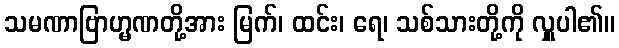
သမဏာဗြာဟ္မဏတို့အား မြက်၊ ထင်း၊ ရေ၊ သစ်သားတို့ကို လှူပါ၏။